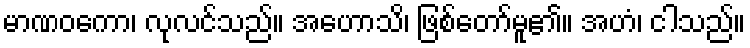
မာဏဝကော၊ လုလင်သည်။ အဟောသိ၊ ဖြစ်တော်မူ၏။ အဟံ၊ ငါသည်။